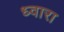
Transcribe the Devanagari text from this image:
ध्वारा